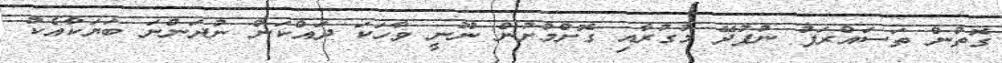
ގޮތުން ތަސައްރަފު ނުފުދޭ މުގުރާއި ގޮށްމުށުން ނޫނީ ވާހަކަ ދައްކަން ނުދަންނަ ބަޔަކާއެކު